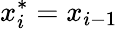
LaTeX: x_{i}^{*}=x_{i-1}